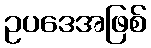
ဥပဒေအဖြစ်